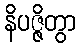
နိပဇ္ဇိတွာ